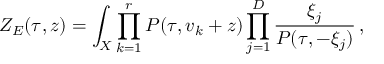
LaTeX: Z _ { E } ( \tau , z ) = \int _ { X } \prod _ { k = 1 } ^ { r } P ( \tau , v _ { k } + z ) \prod _ { j = 1 } ^ { D } \frac { \xi _ { j } } { P ( \tau , - \xi _ { j } ) } \, ,